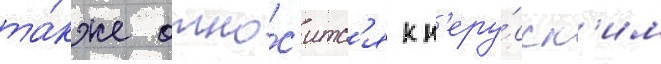
та́кже отно́с'итс'я к н'еру́сск'им